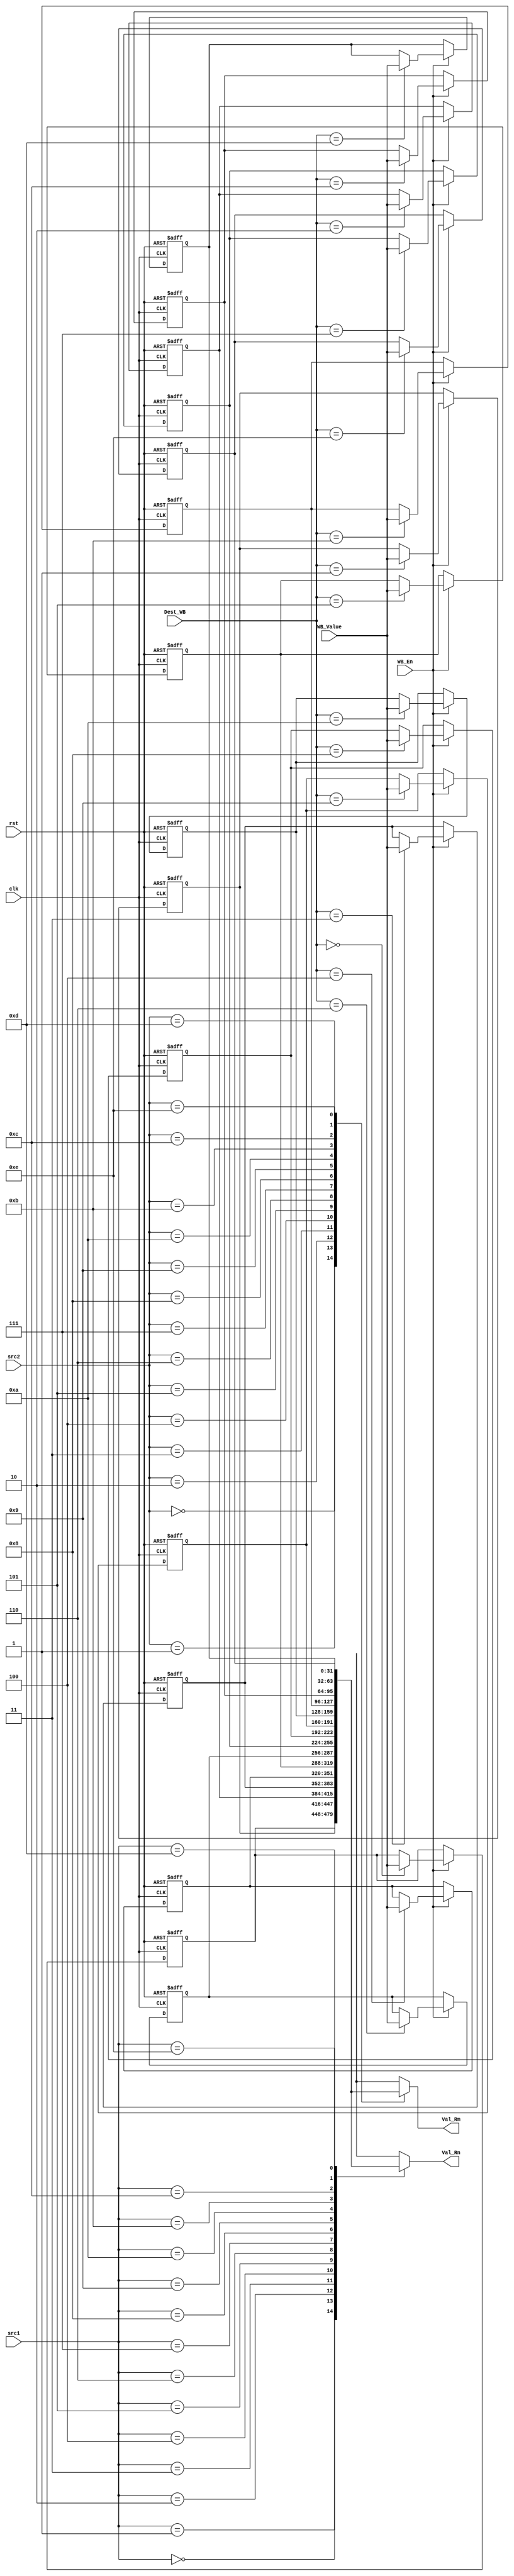
module RegisterFile
(
    input clk, rst, WB_En, 
    input [3:0] src1, src2, Dest_WB,
    input [31:0] WB_Value,
    
    output [31:0] Val_Rn, Val_Rm
);

    reg [31:0]Register_File[0:14];//15 * 32bit_Regs
    
    integer i;

    assign Val_Rn = Register_File[src1];
    assign Val_Rm = Register_File[src2];

    always@(negedge clk, posedge rst)
    begin
        if(rst)
        begin
            for (i = 0 ; i < 15 ; i = i + 1) 
            begin
                Register_File[i] = i;
            end
        end
        else if(WB_En)
        begin
            Register_File[Dest_WB] = WB_Value;
        end
    end

endmodule